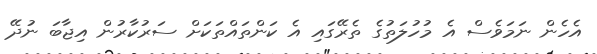
އެހެން ނަމަވެސް އެ މުހުލަތުގެ ތެރޭގައި އެ ކަންތައްތަކަށް ސަރުކާރުން އިޖާބަ ނުދޭ